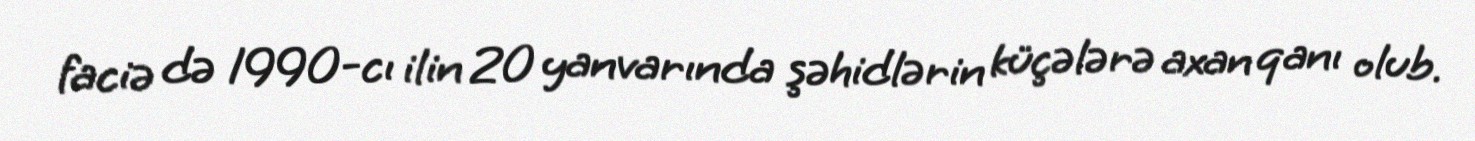
faciə də 1990-cı ilin 20 yanvarında şəhidlərin küçələrə axan qanı olub.